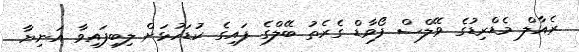
ރެއާލް މެޑްރިޑުގެ ވޭލްސް ފޯވާޑް ގެރެތު ބޭލްގެ ފައިގެ ކުޑަހުޅަށް ލިބިފައިވާ އަނިޔާ